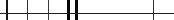
٥٧